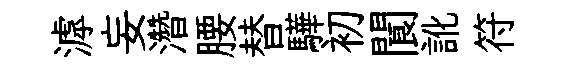
滹妄濳腰替驊初閬訛符